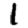
Digit: 1